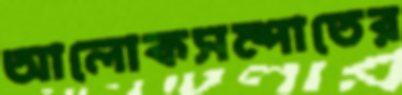
আলোকসম্পাতের